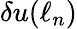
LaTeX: \delta u(\ell_{n})